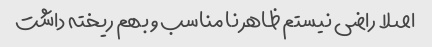
اصلا راضی نیستم ظاهر نا مناسب و بهم ریخته داشت